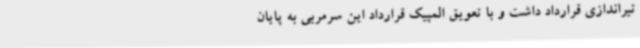
تیراندازی قرارداد داشت و با تعویق المپیک قرارداد این سرمربی به پایان